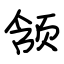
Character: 颔